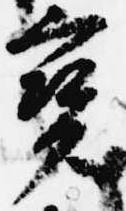
宝